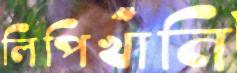
লিপিখানি